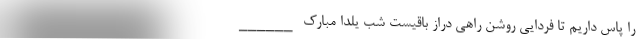
را پاس داریم تا فردایی روشن راهی دراز باقیست شب یلدا مبارک ______